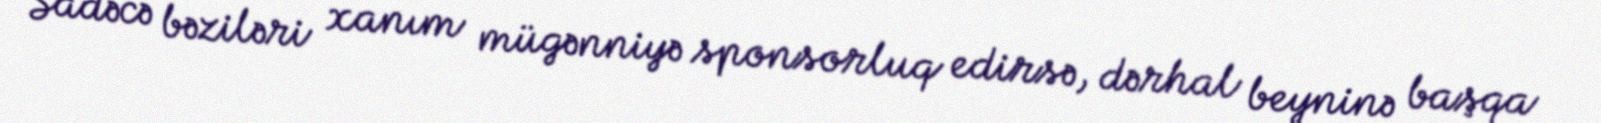
Sadəcə bəziləri xanım mügənniyə sponsorluq edirsə, dərhal beyninə başqa